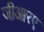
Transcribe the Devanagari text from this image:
जीआरए